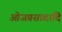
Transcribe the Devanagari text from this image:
ओजप्रसादादि